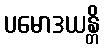
ပမောဒယန္တိ